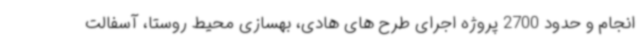
انجام و حدود 2700 پروژه اجرای طرح های هادی، بهسازی محیط روستا، آسفالت